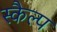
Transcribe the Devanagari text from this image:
स्कैल्प